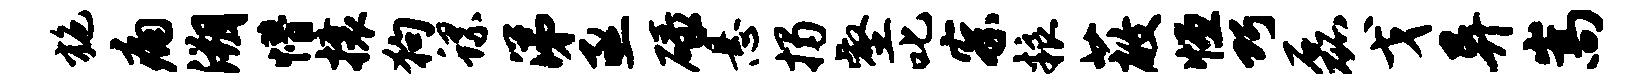
施痛溯懵攘狗螺涕亟碌悬揭壑叱察粮蔽恒巧磊戈异嵩